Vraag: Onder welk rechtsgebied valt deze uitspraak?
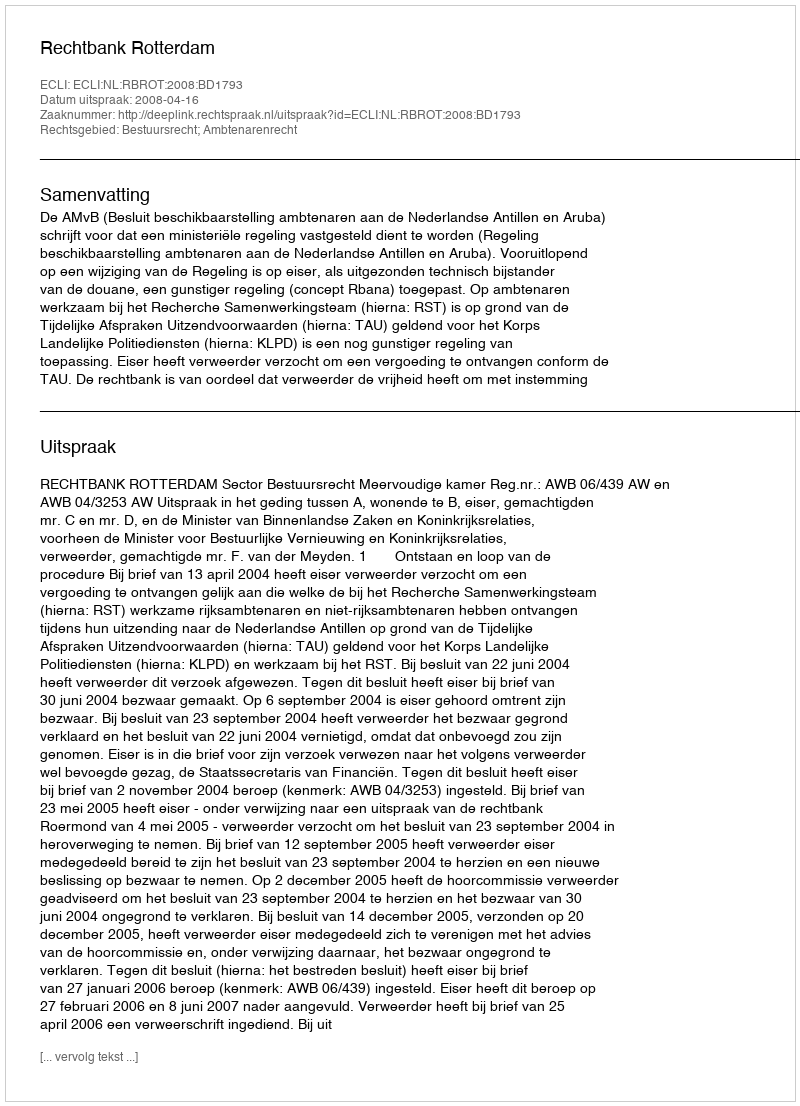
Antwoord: Bestuursrecht; Ambtenarenrecht